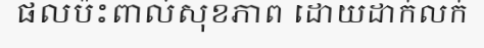
ផលប៉ះពាល់សុខភាព ដោយដាក់លក់